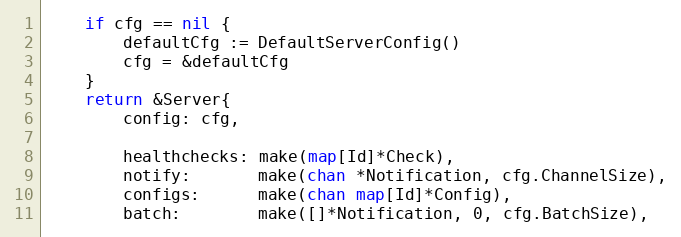
Language: Go
	if cfg == nil {
		defaultCfg := DefaultServerConfig()
		cfg = &defaultCfg
	}
	return &Server{
		config: cfg,

		healthchecks: make(map[Id]*Check),
		notify:       make(chan *Notification, cfg.ChannelSize),
		configs:      make(chan map[Id]*Config),
		batch:        make([]*Notification, 0, cfg.BatchSize),